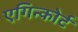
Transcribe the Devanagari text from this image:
एगिन्कोर्ट